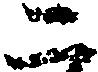
二